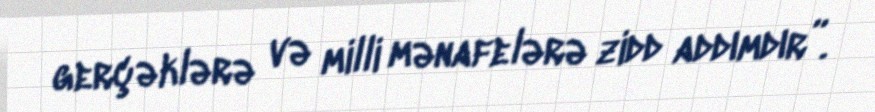
gerçəklərə və milli mənafelərə zidd addımdır”.